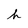
Character: h